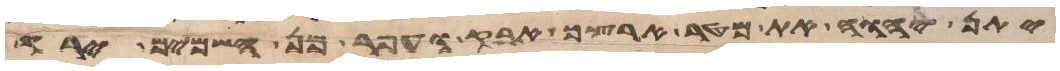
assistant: יתן יהוה את מטר ארצך אבק ועפר מן השמים ירד